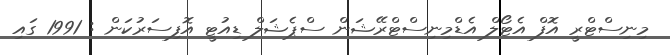
މިނިސްޓްރީ އޮފް އެޓޯލް އެޑްމިނިސްޓްރޭޝަން ސްޕެޝަލް ޑިއުޓީ އޮފިސަރުކަން : 1991 ގައި